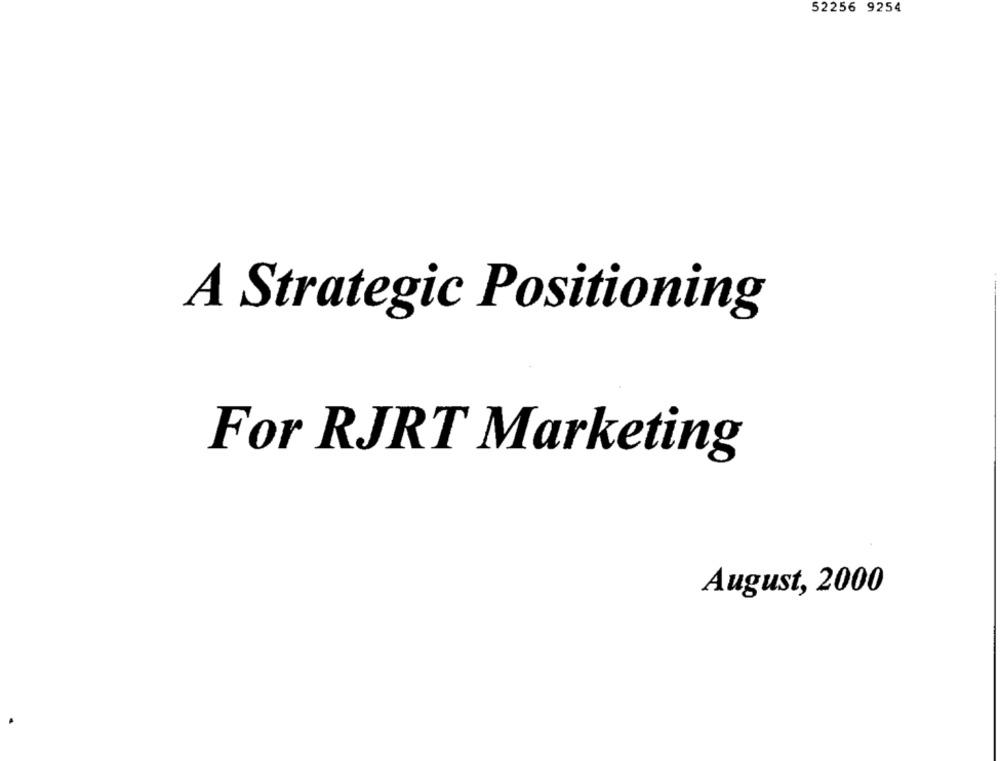
52256 9254
A Strategic Positioning
For RJRT Marketing
August, 2000